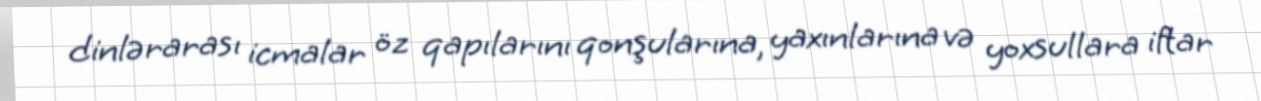
dinlərarası icmalar öz qapılarını qonşularına, yaxınlarına və yoxsullara iftar